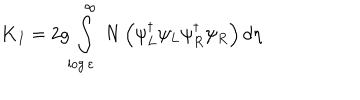
{ \bf K } _ { I } = 2 g \int _ { \log \varepsilon } ^ { \infty } \ N \left( \psi _ { L } ^ { \dagger } \psi _ { L } \psi _ { R } ^ { \dagger } \psi _ { R } \right) d \eta